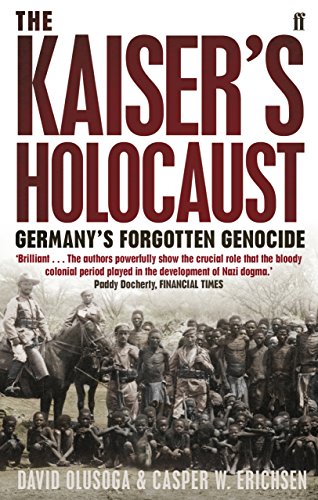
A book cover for The Kaiser's Holocaust: Germany's Forgotten Genocide and the Colonial Roots of Nazism; David Olusoga; Politics & Social Sciences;